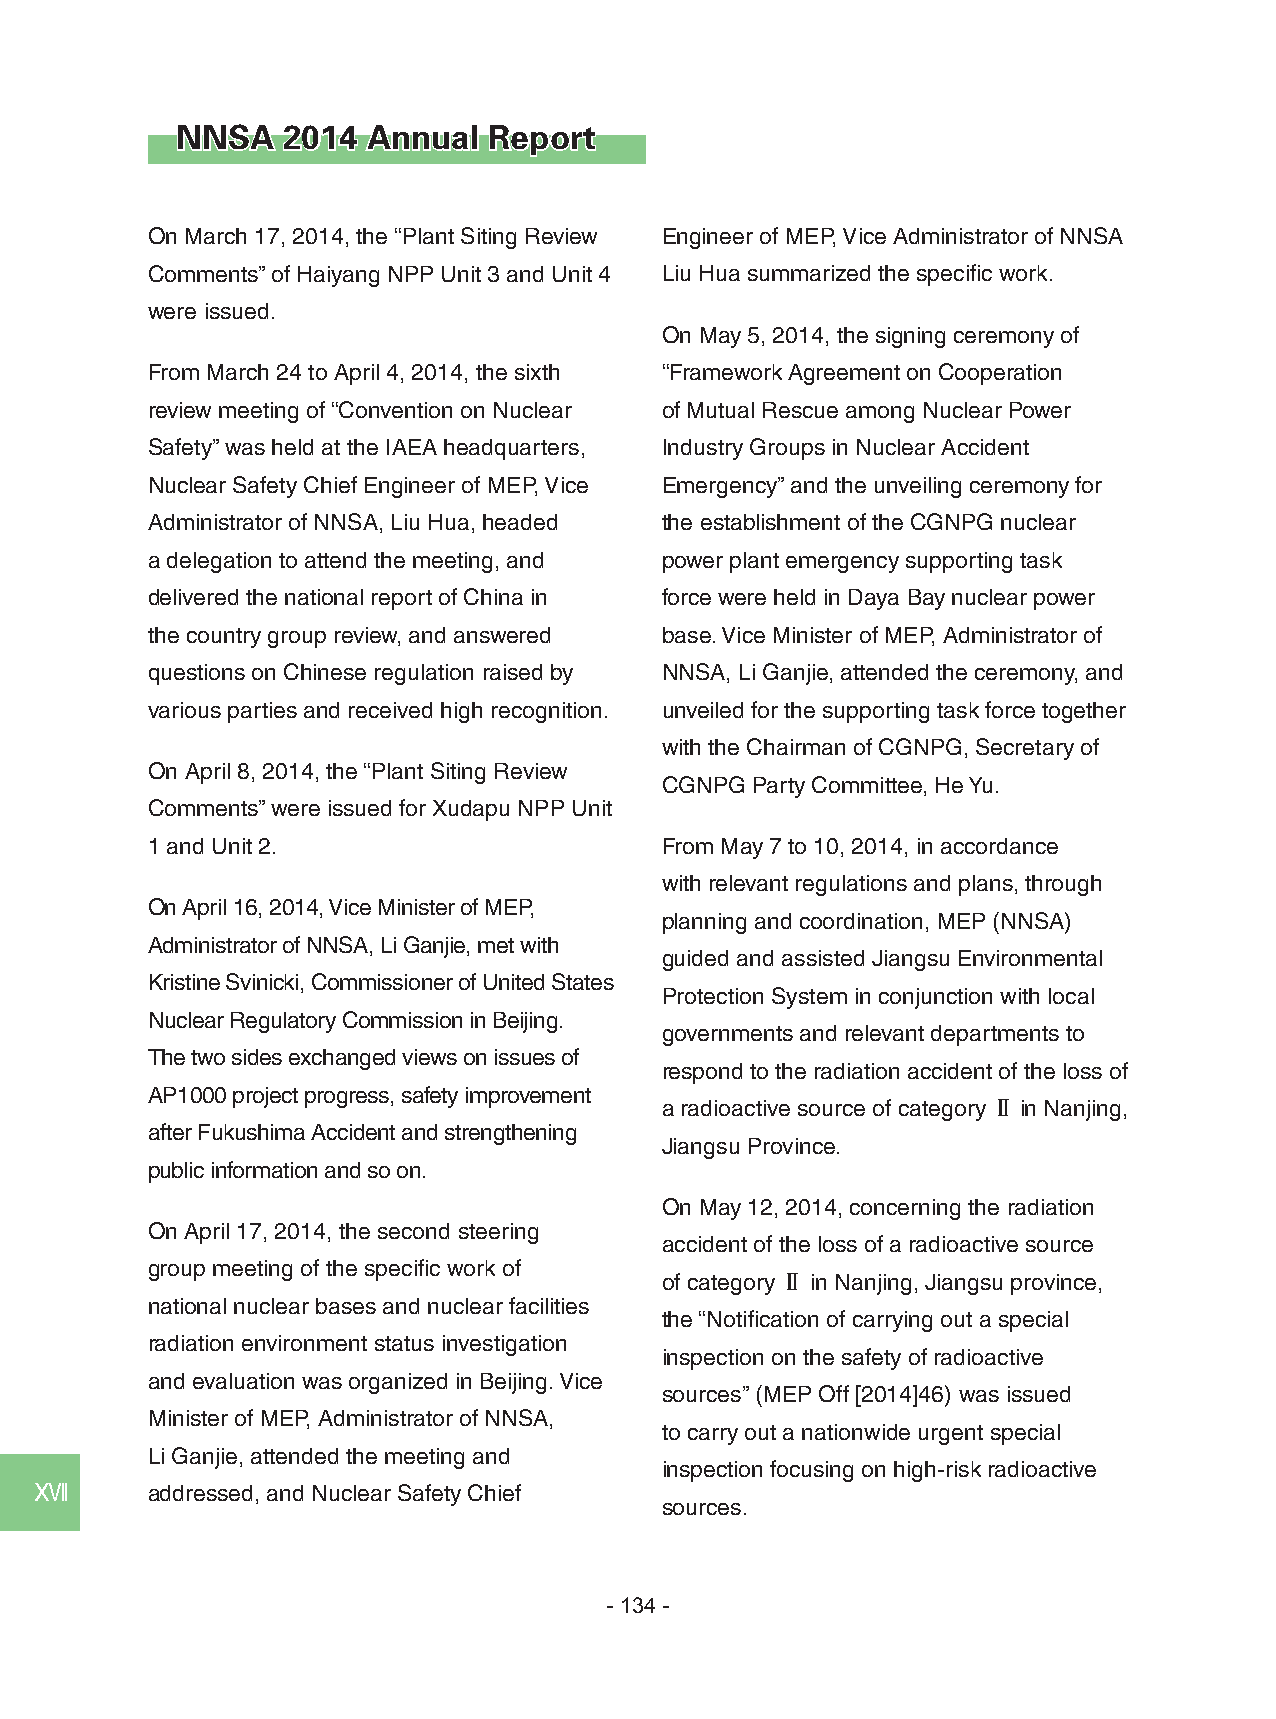
NNSA   2014 Annual  Report
 On March 17, 2014, the “Plant Siting Review Engineer of MEP, Vice Administrator of NNSA
 Comments” of Haiyang NPP Unit 3 and Unit 4 Liu Hua summarized the specific work.
 were issued.
 On May 5, 2014, the signing ceremony of
 From March 24 to April 4, 2014, the sixth “Framework Agreement on Cooperation
 review meeting of “Convention on Nuclear of Mutual Rescue among Nuclear Power
 Safety” was held at the IAEA headquarters, Industry Groups in Nuclear Accident
 Nuclear Safety Chief Engineer of MEP, Vice Emergency” and the unveiling ceremony for
 Administrator of NNSA, Liu Hua, headed the establishment of the CGNPG nuclear
 a delegation to attend the meeting, and power plant emergency supporting task
 delivered the national report of China in force were held in Daya Bay nuclear power
 the country group review, and answered base. Vice Minister of MEP, Administrator of
 questions on Chinese regulation raised by NNSA, Li Ganjie, attended the ceremony, and
 various parties and received high recognition. unveiled for the supporting task force together
 with the Chairman of CGNPG, Secretary of
 On April 8, 2014, the “Plant Siting Review
 CGNPG Party Committee, He Yu.
 Comments” were issued for Xudapu NPP Unit
 1 and Unit 2.                     From May 7 to 10, 2014, in accordance
 with relevant regulations and plans, through
 On April 16, 2014, Vice Minister of MEP,
 planning and coordination, MEP (NNSA)
 Administrator of NNSA, Li Ganjie, met with
 guided and assisted Jiangsu Environmental
 Kristine Svinicki, Commissioner of United States
 Protection System in conjunction with local
 Nuclear Regulatory Commission in Beijing.
 governments and relevant departments to
 The two sides exchanged views on issues of
 respond to the radiation accident of the loss of
 AP1000 project progress, safety improvement
 a radioactive source of categoryⅡin Nanjing,
 after Fukushima Accident and strengthening
 Jiangsu Province.
 public information and so on.
 On May 12, 2014, concerning the radiation
 On April 17, 2014, the second steering
 accident of the loss of a radioactive source
 group meeting of the specific work of
 of categoryⅡ in Nanjing, Jiangsu province,
 national nuclear bases and nuclear facilities
 the “Notification of carrying out a special
 radiation environment status investigation
 inspection on the safety of radioactive
 and evaluation was organized in Beijing. Vice
 sources” (MEP Off [2014]46) was issued
 Minister of MEP, Administrator of NNSA,
 to carry out a nationwide urgent special
 Li Ganjie, attended the meeting and
 inspection focusing on high-risk radioactive
 ⅩⅦ      addressed, and Nuclear Safety Chief
 sources.
 - 134 -